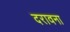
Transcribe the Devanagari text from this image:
दरावना